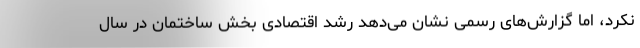
نکرد، اما گزارش‌های رسمی نشان می‌دهد رشد اقتصادی بخش ساختمان در سال